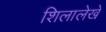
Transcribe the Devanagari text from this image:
शिलालेखे